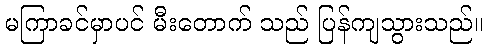
မကြာခင်မှာပင် မီးတောက် သည် ပြန်ကျသွားသည်။